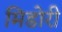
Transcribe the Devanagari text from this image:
मिडोरी